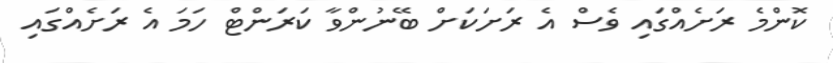
ކޮންމެ ރަށެއްގައި ވެސް އެ ރަށަކަށް ބޭނުންވާ ކަރަންޓް ހަމަ އެ ރަށެއްގައި